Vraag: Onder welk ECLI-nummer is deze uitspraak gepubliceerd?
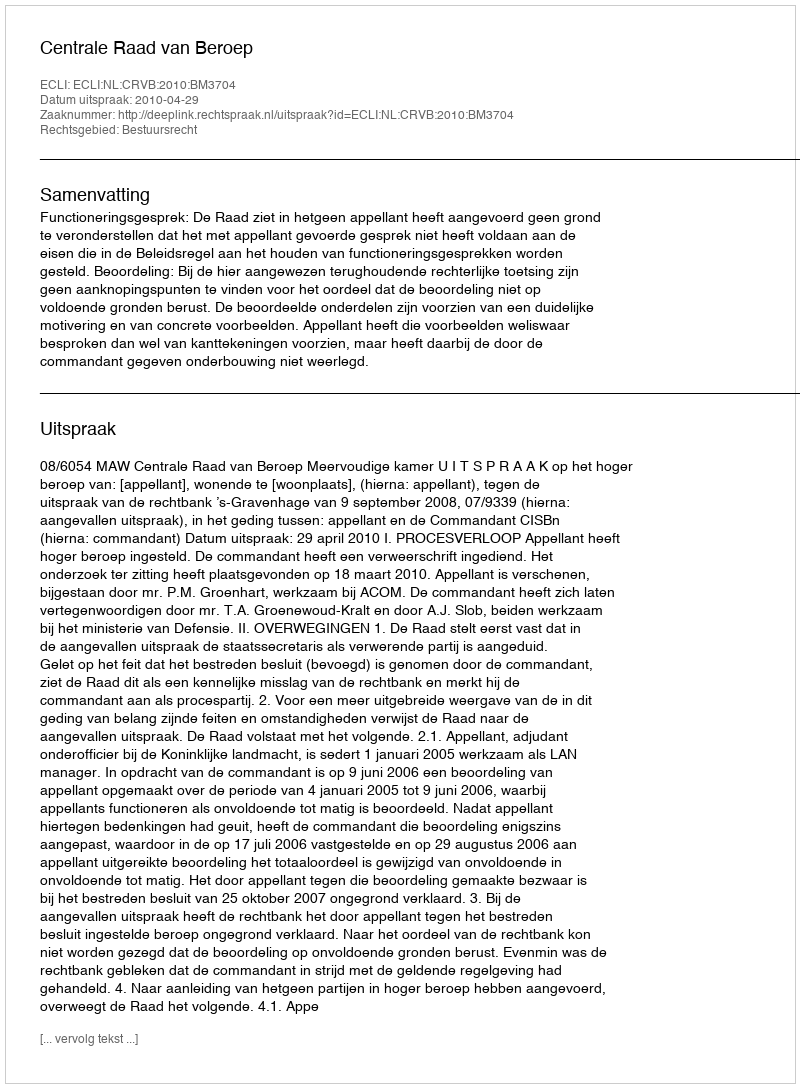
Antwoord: ECLI:NL:CRVB:2010:BM3704